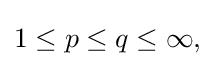
{\textstyle 1\leq p\leq q\leq \infty ,}